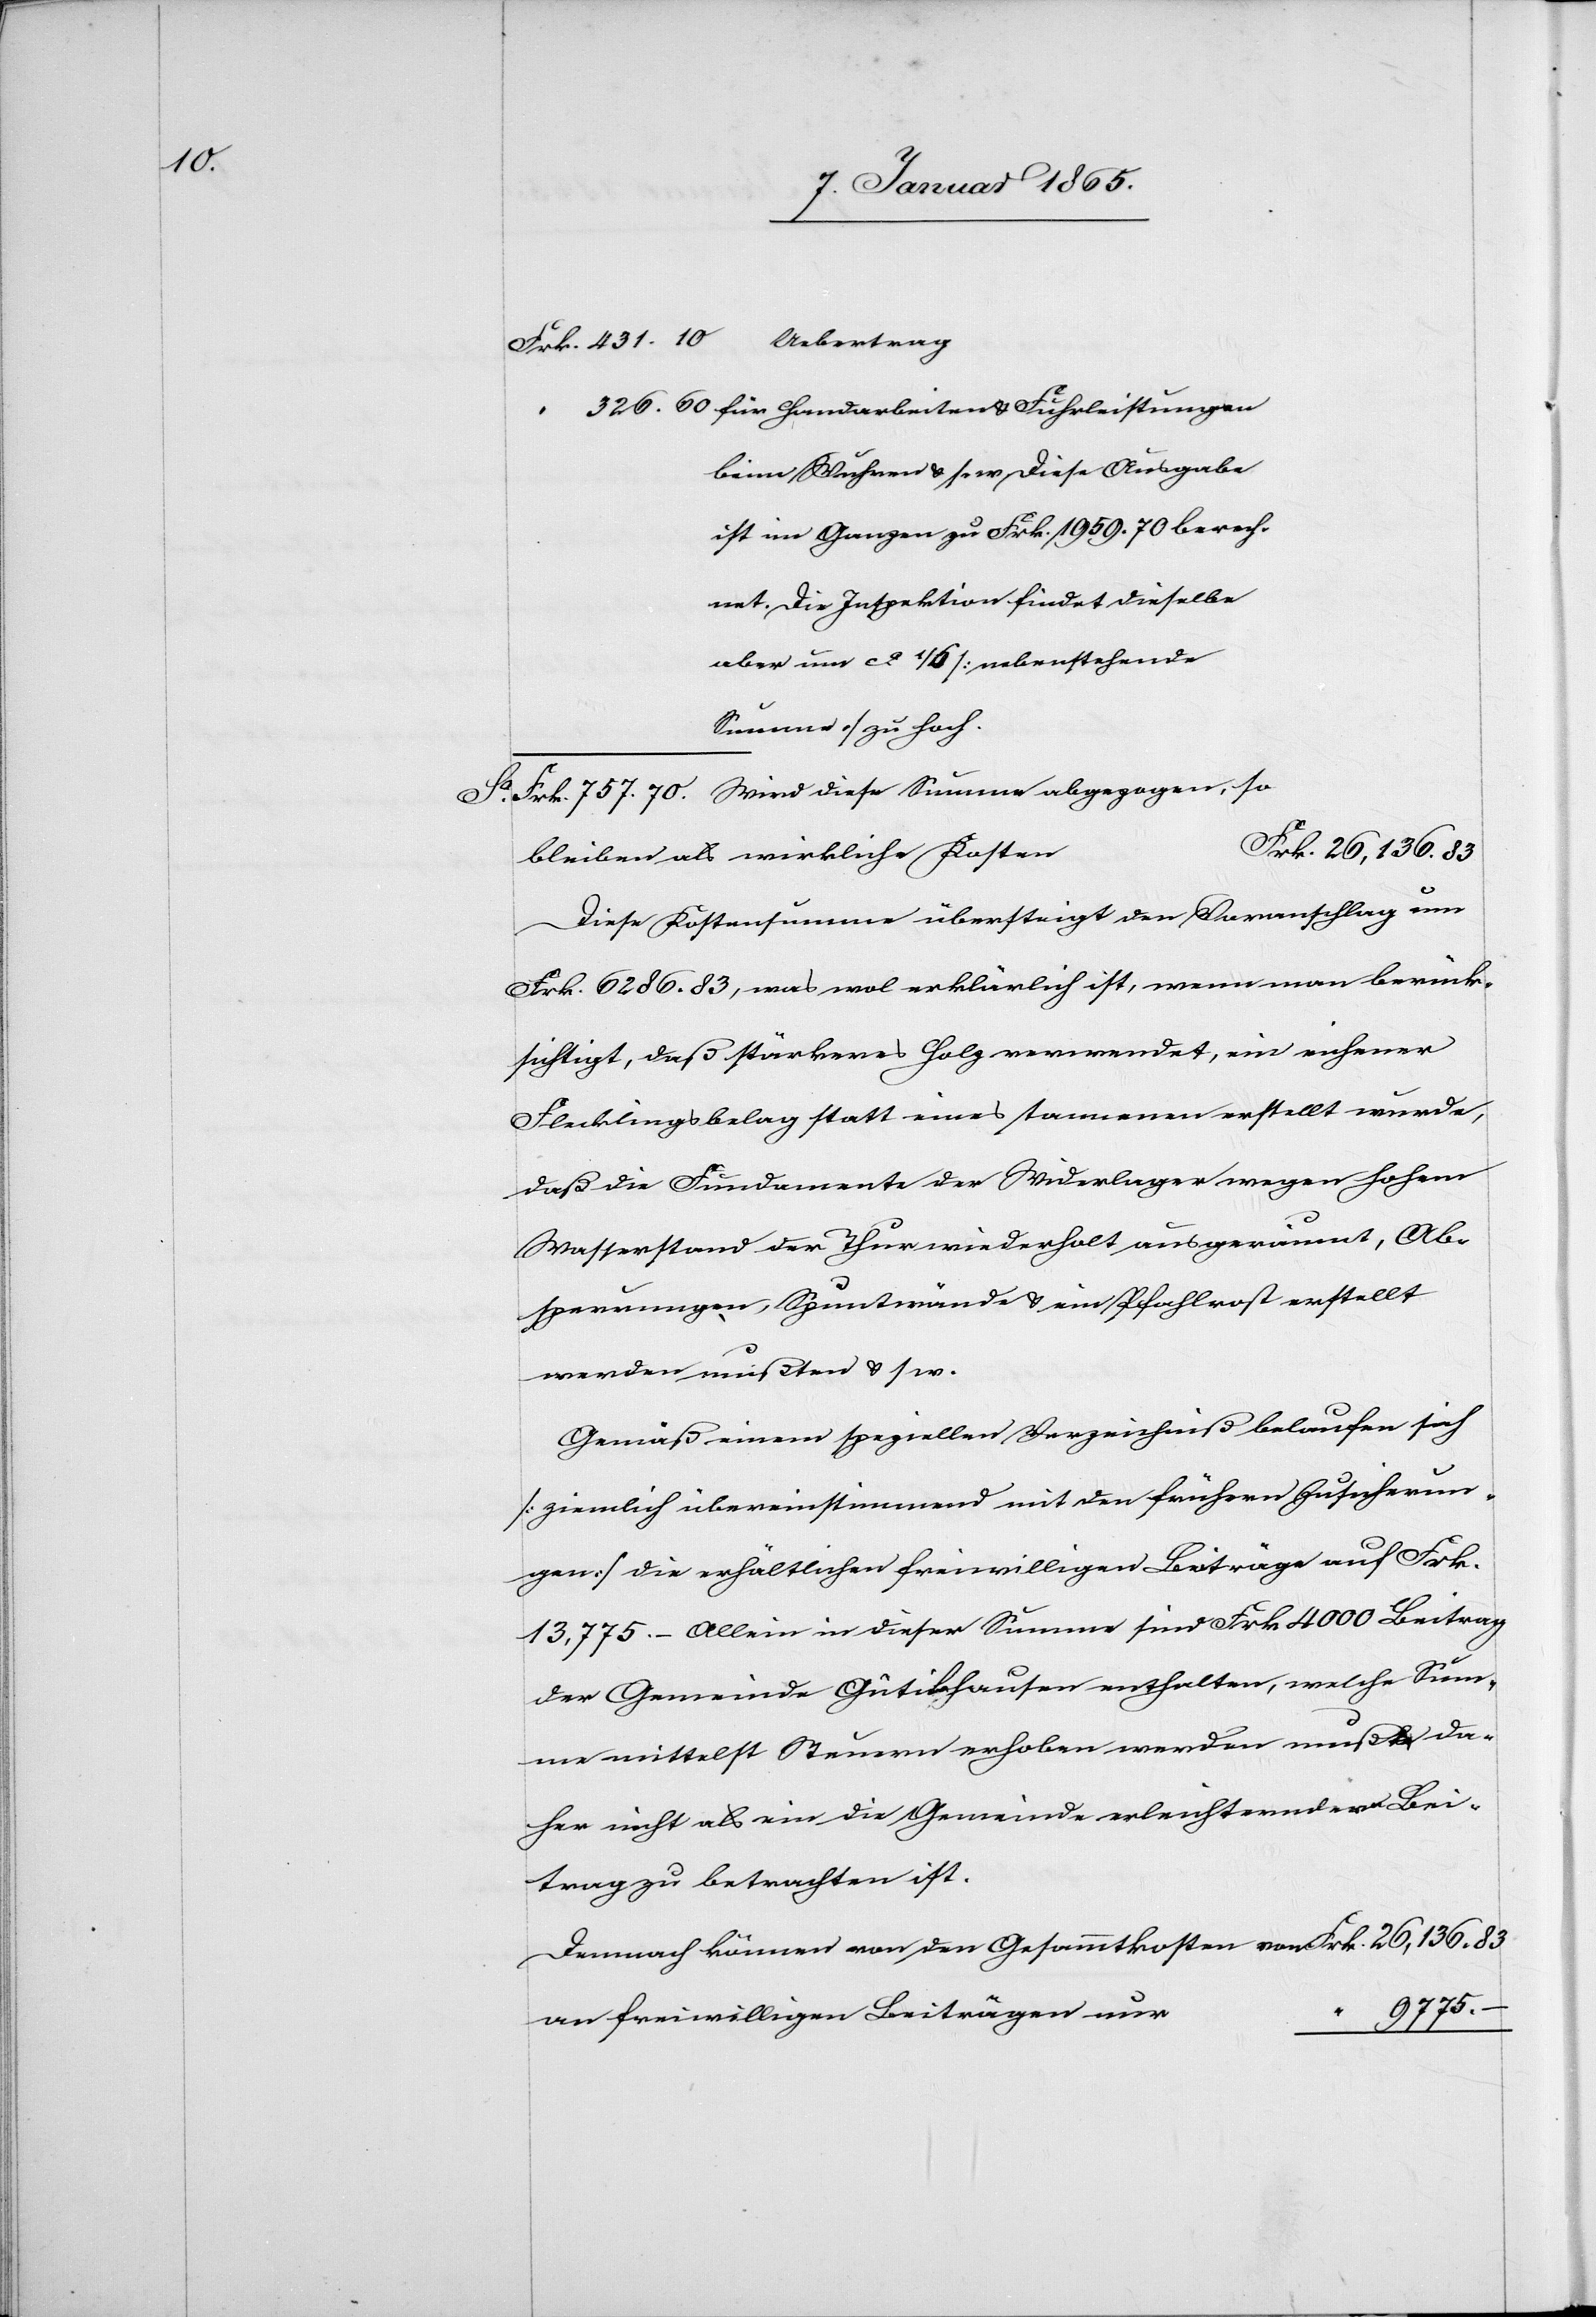
“

326. 60 für Handarbeiten u. Fuhrleistungen
beim Wuhren u. s. w. Diese Ausgabe
im Ganzen zu Frk. 1959. 70 berech¬
net. Die Inspektion findet dieselbe
Summe] zu hoch.
Sa Frk. 757. 70. Wird diese Summe abgezogen, so
n				Frk. 26,136. 83
bleiben als wirkliche Koste¬
Diese Kostensumme übersteigt den Voranschlag um
um
Frk. 6286. 83, was wol erklärlich ist, wenn man berück¬
sichtigt, daß stärkeres Holz verwendet, ein eichener
Flecklingsbelag statt eines tannenen erstellt wurde,
daß die Fundamente der Widerlager wegen hohem
Wasserstand der Thur wiederholt ausgeräumt, Ab¬
sperrungen, Spuntwände u. ein Pfahlrost erstellt
werden mußten u. s. w.
Gemäß einem speziellen Verzeichniß belaufen sich
[ziemlich übereinstimmend mit den frühern Zusicherun¬
gen] die erhältlichen freiwilligen Beiträge auf Frk.
13,775. – Allein in dieser Summe sind Frk 4000 Beitrag
der Gemeinde Gütikhausen enthalten, welche Sum¬
me mittelst Steuern erhoben werden muß, da¬
her nicht als ein die Gemeinde erleichternder Bei¬
trag zu betrachten ist.
Demnach können von den Gesammtkosten von			Frk. 26,136. 83
an freiwilligen Beiträgen
9775. –